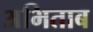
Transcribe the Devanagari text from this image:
अभिताब